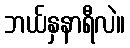
ဘယ်နှနာရီလဲ။